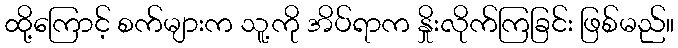
ထို့ကြောင့် စက်များက သူ့ကို အိပ်ရာက နှိုးလိုက်ကြခြင်း ဖြစ်မည်။